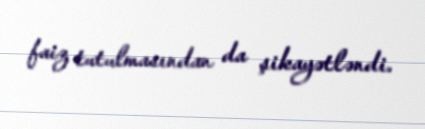
faiz tutulmasından da şikayətləndi.